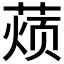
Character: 𮐚